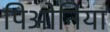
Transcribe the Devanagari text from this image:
पिओनिया